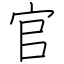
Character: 官